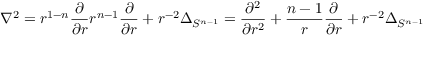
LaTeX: \nabla ^ { 2 } = r ^ { 1 - n } { \frac { \partial } { \partial r } } r ^ { n - 1 } { \frac { \partial } { \partial r } } + r ^ { - 2 } \Delta _ { S ^ { n - 1 } } = { \frac { \partial ^ { 2 } } { \partial r ^ { 2 } } } + { \frac { n - 1 } { r } } { \frac { \partial } { \partial r } } + r ^ { - 2 } \Delta _ { S ^ { n - 1 } }